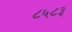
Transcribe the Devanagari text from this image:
८५८३